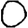
Digit: 0